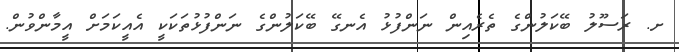
ށ. ރަސޫލު ބޭކަލުންގެ ތެރެއިން ނަންފުޅު އެނގޭ ބޭކަލުންގެ ނަންފުޅުތަކަކީ އެއީކަމަށް އީމާންވުން.